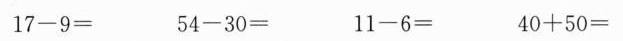
$$1 7 - 9 =$$ $$5 4 - 3 0 =$$ $$1 1 - 6 =$$ $$ 4 0 + 5 0 =$$